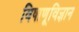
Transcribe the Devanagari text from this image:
विषाणूविज्ञान